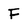
Character: F